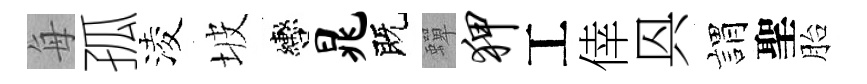
每孤淩坡轡晁既蟬狎工倖㒷娟聖胎